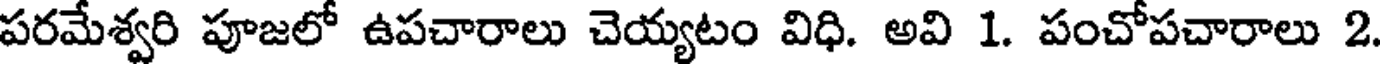
పరమేశ్వరి పూజలో ఉపచారాలు చెయ్యటం విధి. అవి 1. పంచోపచారాలు 2